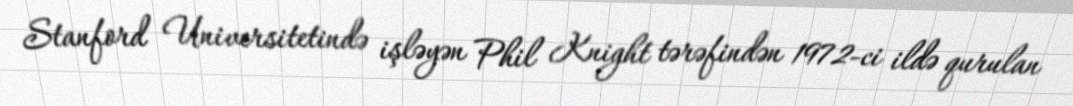
Stanford Universitetində işləyən Phil Knight tərəfindən 1972-ci ildə qurulan